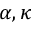
\alpha , \kappa